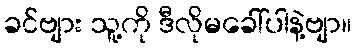
ခင်ဗျား သူ့ကို ဒီလိုမခေါ်ပါနဲ့ဗျာ။